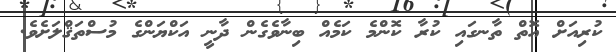
ކުރިއަށް އޮތް ތާނގައި ކުރާ ކޮންމެ ކަމެއް ބިނާވެގެން ދާނީ އަކްޔަންގެ މުސްތަޤްލަށެވެ.